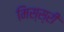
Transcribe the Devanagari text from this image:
मिस्स्री